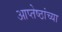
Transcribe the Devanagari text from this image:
आप्‍तेष्ठांच्या